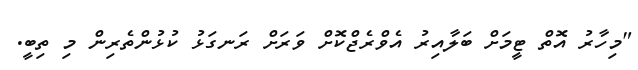
"މިހާރު އޮތް ޓީމަށް ބަލާއިރު އެވްރެޖްކޮށް ވަރަށް ރަނގަޅު ކުޅުންތެރިން މި ތިބީ.